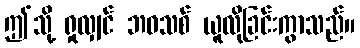
ဤသို့ ရှုလျှင် ဘဝသစ် ယူလိုခြင်းကွာသည်။